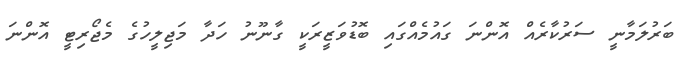
ބަރުލަމާނީ ސަރުކާރެއް އޮންނަ ގައުމެއްގައި ބޮޑުވަޒީރަކީ ގާނޫނު ހަދާ މަޖިލީހުގެ މެޖޯރިޓީ އޮންނަ